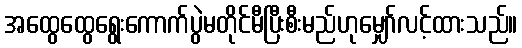
အထွေထွေရွေးကောက်ပွဲမတိုင်မီပြီးစီးမည်ဟုမျှော်လင့်ထားသည်။